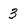
Character: 3